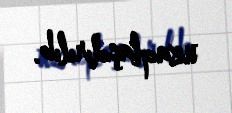
uzaqlaşdırılıb.